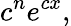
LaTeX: c^{n}e^{cx},